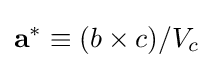
{\bf {a}}^{*}\equiv (b\times c)/V_{c}